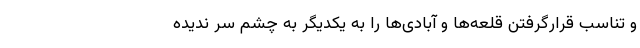
و تناسب قرارگرفتن قلعه‌ها و آبادی‌ها را به یکدیگر به چشمِ سَر ندیده